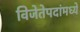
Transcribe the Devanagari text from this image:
विजेतेपदांमध्ये